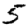
Digit: 5